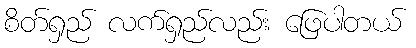
စိတ်ရှည် လက်ရှည်လည်း ဖြေပါတယ်